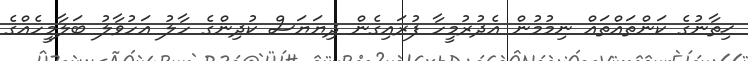
ޚިތާނުގެ ކަންތައްތައް ނިމުމުން އެދުރުމީހާ ފުރައިގެން ދިޔަޔަސް ކުދިންގެ ހާލު އަހުވާލު ބަލާމީހެއްގެ